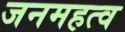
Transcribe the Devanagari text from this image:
जनमहत्व